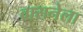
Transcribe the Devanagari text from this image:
वासनेला